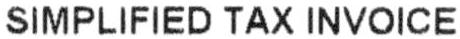
SIMPLIFIED TAX INVOICE